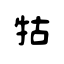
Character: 牯